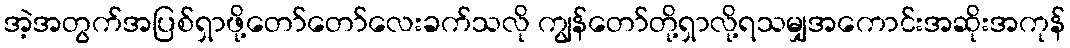
အဲ့အတွက်အပြစ်ရှာဖို့တော်တော်လေးခက်သလို ကျွန်တော်တို့ရှာလို့ရသမျှအကောင်းအဆိုးအကုန်